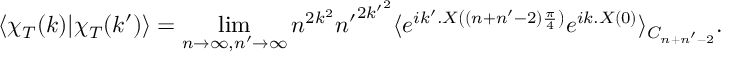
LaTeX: \langle \chi _ { T } ( k ) | \chi _ { T } ( k ^ { \prime } ) \rangle = \operatorname * { l i m } _ { n \to \infty , n ^ { \prime } \to \infty } n ^ { 2 k ^ { 2 } } { n ^ { \prime } } ^ { 2 { k ^ { \prime } } ^ { 2 } } \langle e ^ { i k ^ { \prime } . X \left( ( n + n ^ { \prime } - 2 ) \frac { \pi } { 4 } \right) } e ^ { i k . X ( 0 ) } \rangle _ { C _ { n + n ^ { \prime } - 2 } } .